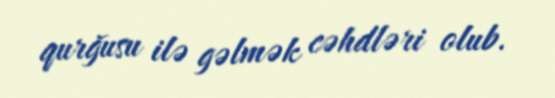
qurğusu ilə gəlmək cəhdləri olub.